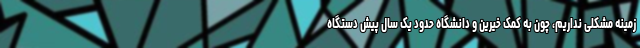
زمینه مشکلی نداریم، چون به کمک خیرین و دانشگاه حدود یک سال پیش دستگاه